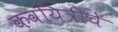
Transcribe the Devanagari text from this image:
कवयित्रीचे